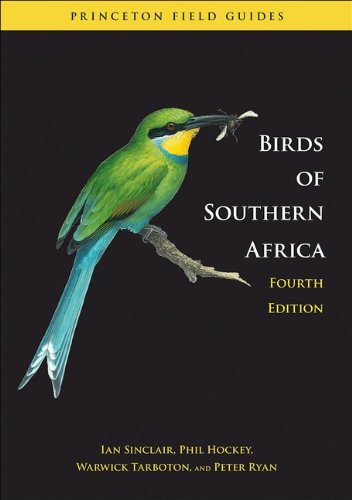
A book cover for Birds of Southern Africa: Fourth edition (Princeton Field Guides); Ian Sinclair; Science & Math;